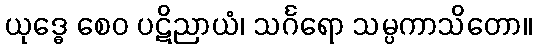
ယုဒ္ဓေ စေဝ ပဋိညာယံ၊ သင်္ဂရော သမ္ပကာသိတော။